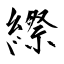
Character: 縩